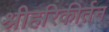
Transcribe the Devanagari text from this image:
श्रीहरिकीर्तन